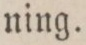
ning.